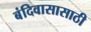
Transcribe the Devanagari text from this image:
बंदिवासासाठी